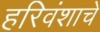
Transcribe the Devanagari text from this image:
हरिवंशाचे